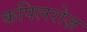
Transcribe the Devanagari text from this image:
कपिलरोज़